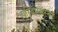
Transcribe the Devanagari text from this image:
परिवारसंस्था